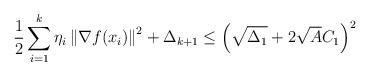
LaTeX: \begin{align*}\frac{1}{2}\sum_{i=1}^{k}\eta_{i}\left\Vert \nabla f(x_{i})\right\Vert ^{2}+\Delta_{k+1} & \le\left(\sqrt{\Delta_{1}}+2\sqrt{A}C_{1}\right)^{2}\end{align*}